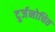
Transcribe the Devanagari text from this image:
दुर्जनोचित